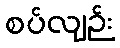
စပ်လျဉ်း